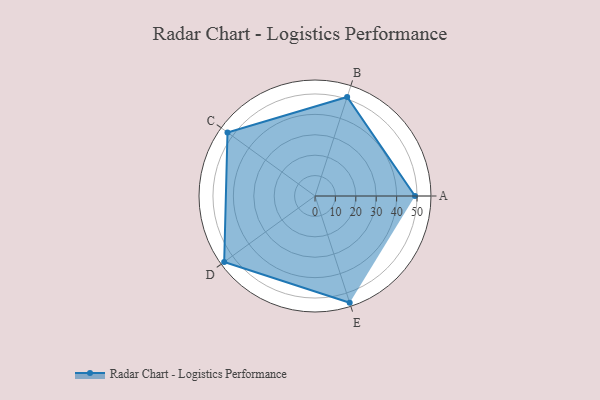
{"axis": {"x": "Skill", "y": "Score"}, "legend": ["Profile"], "data": [{"x": "A", "y": 49.0, "type": "Profile"}, {"x": "B", "y": 51.0, "type": "Profile"}, {"x": "C", "y": 53.0, "type": "Profile"}, {"x": "D", "y": 55.0, "type": "Profile"}, {"x": "E", "y": 55.0, "type": "Profile"}]}